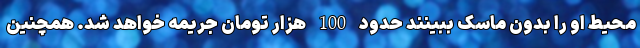
محیط او را بدون ماسک ببینند حدود 100 هزار تومان جریمه خواهد شد. همچنین